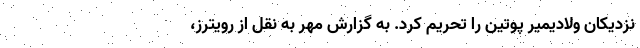
نزدیکان ولادیمیر پوتین را تحریم کرد. به گزارش مهر به نقل از رویترز،